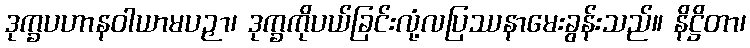
ဒုက္ခပဟာနဝါယာမပဉှာ၊ ဒုက္ခကိုပယ်ခြင်းလုံ့လပြဿနာမေးခွန်းသည်။ နိဋ္ဌိတာ၊